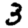
Digit: 3